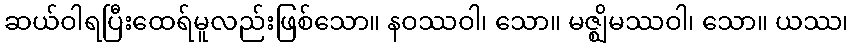
ဆယ်ဝါရပြီးထေရ်မူလည်းဖြစ်သော။ နဝဿဝါ၊ သော။ မဇ္ဈိမဿဝါ၊ သော။ ယဿ၊